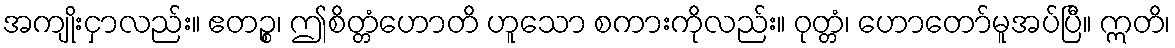
အကျိုးငှာလည်း။ ဧတဉ္စ၊ ဤစိတ္တံဟောတိ ဟူသော စကားကိုလည်း။ ဝုတ္တံ၊ ဟောတော်မူအပ်ပြီ။ ဣတိ၊